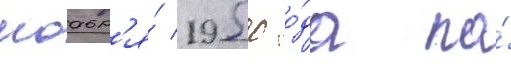
ноабр'я́ 1950 го́да по́